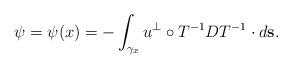
LaTeX: \begin{align*} \psi=\psi(x)= - \int_{\gamma_x} u^{\perp}\circ T^{-1} DT^{-1}\cdot d\mathbf{s}.\end{align*}